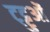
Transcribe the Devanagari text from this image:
ट्ट्टुओं